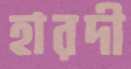
হারদী